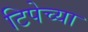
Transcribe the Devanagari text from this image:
टिपेच्या